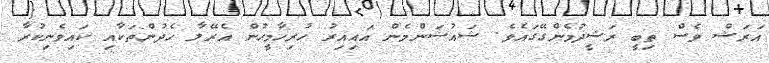
އަރަޝް ވެސް ތިބީ ރަޝީދުމެންގޭގައެވެ. ޝައުޝަންމެން އައިއިރު ހުރިހާމީހުން އެރޭލާ ހެދުންތަކާއި ކައިވެނިކުރާ